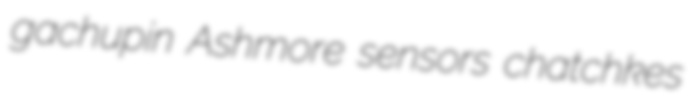
gachupin Ashmore sensors chatchkes